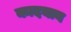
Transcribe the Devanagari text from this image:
कादयान